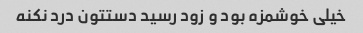
خیلی خوشمزه بود و زود رسید دستتون درد نکنه